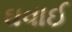
ઘવાઈ